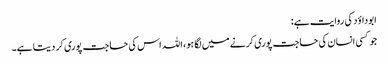
ابوداؤد کی روایت ہے:
جو کسی انسان کی حاجت پوری کرنے میں لگا ہو، اللہ اس کی حاجت پوری کر دیتا ہے۔